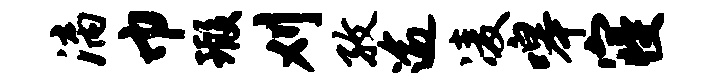
漓巾瑕刈孜逾凌嗥寝